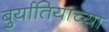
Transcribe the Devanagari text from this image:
बुर्यातियाच्या